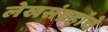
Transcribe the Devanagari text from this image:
लेखसंग्रहांचे